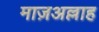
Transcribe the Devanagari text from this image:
माज़अल्लाह